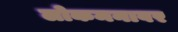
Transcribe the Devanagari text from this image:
लोकमनावर